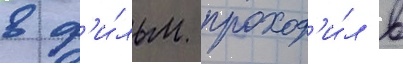
в ф'и́льм проход'и́л в